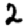
Digit: 2